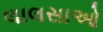
લાલસાઓ